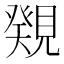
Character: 𧡫